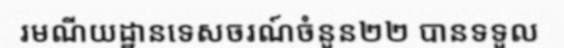
រមណីយដ្ឋានទេសចរណ៍ចំនួន២២ បានទទួល